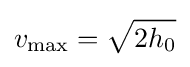
v_{\mathrm {max} }={\sqrt {2h_{0}}}